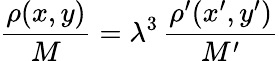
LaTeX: \frac{\rho(x,y)}{M}=\lambda^{3}\, \frac{\rho^{\prime}(x^{\prime},y^{\prime})}{M^{\prime}}